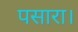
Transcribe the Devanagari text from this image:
पसारा।